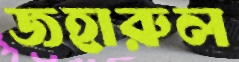
জহারুল